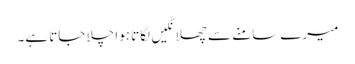
میرے سامنے سے چھلانگیں لگاتا ہوا چلا جاتا ہے۔